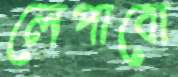
লেপাবো